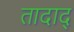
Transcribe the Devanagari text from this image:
तादाद्